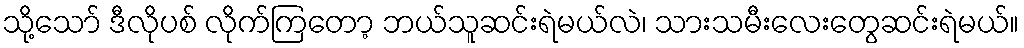
သို့သော် ဒီလိုပစ် လိုက်ကြတော့ ဘယ်သူဆင်းရဲမယ်လဲ၊ သားသမီးလေးတွေဆင်းရဲမယ်။